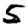
Digit: 5